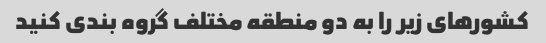
کشورهای زیر را به دو منطقه مختلف گروه بندی کنید